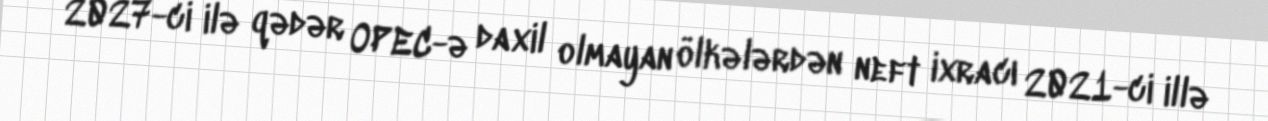
2027-ci ilə qədər OPEC-ə daxil olmayan ölkələrdən neft ixracı 2021-ci illə